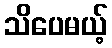
သိပေမယ့်